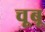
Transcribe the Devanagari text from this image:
चूबू